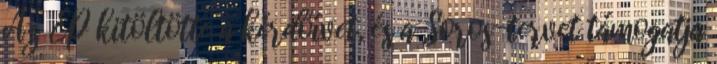
Az EP kitöltötte a kérdőívet, és a Soros-tervet támogatja